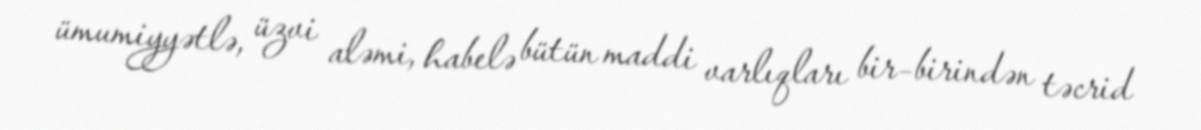
ümumiyyətlə, üzvi aləmi, habelə bütün maddi varlıqları bir–birindən təcrid